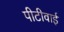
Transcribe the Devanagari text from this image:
पीटीवाई